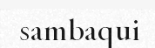
sambaqui